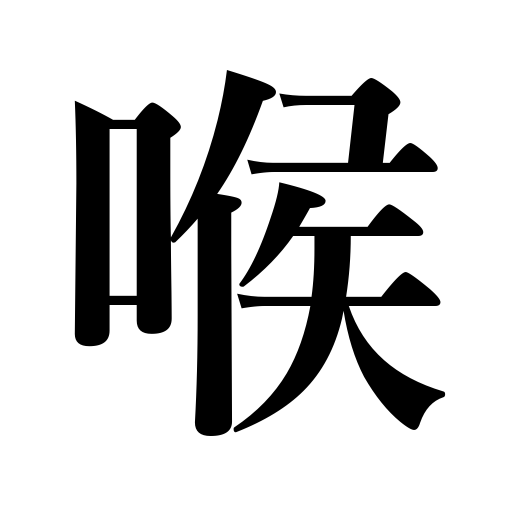
Meanings: voice,throat